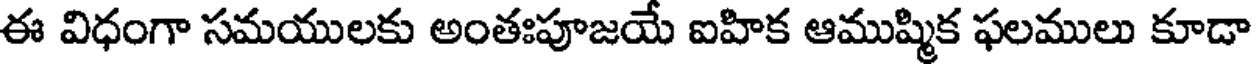
ఈ విధంగా సమయులకు అంతఃపూజయే ఐహిక ఆముష్మిక ఫలములు కూడా